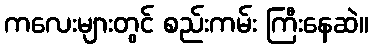
ကလေးများတွင် စည်းကမ်း ကြီးနေဆဲ။